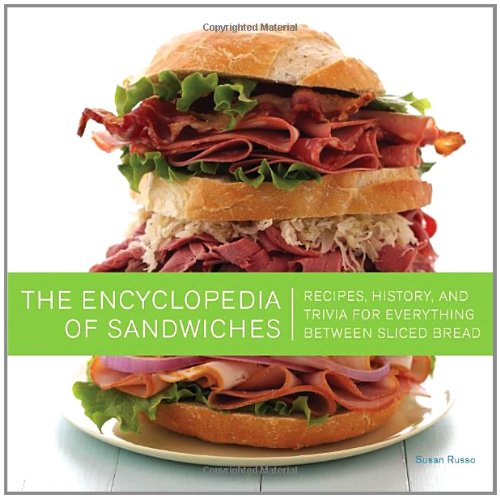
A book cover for The Encyclopedia of Sandwiches: Recipes, History, and Trivia for Everything Between Sliced Bread; Susan Russo; Cookbooks, Food & Wine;